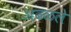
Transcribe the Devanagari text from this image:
अढळले